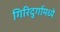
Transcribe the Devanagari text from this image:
गिरिदुर्गामध्ये